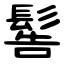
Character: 䯻